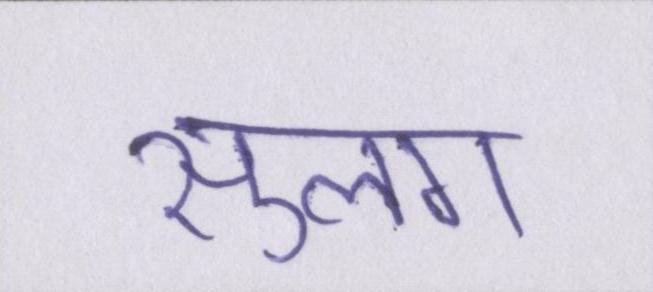
सुलग